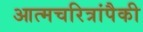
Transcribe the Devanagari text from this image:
आत्मचरित्रांपैकी